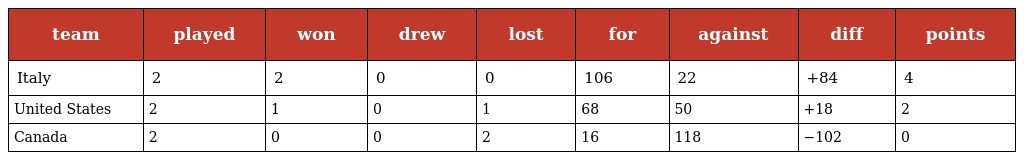
| team | played | won | drew | lost | for | against | diff | points |
 | --- | --- | --- | --- | --- | --- | --- | --- | --- |
 | Italy | 2 | 2 | 0 | 0 | 106 | 22 | +84 | 4 |
 | United States | 2 | 1 | 0 | 1 | 68 | 50 | +18 | 2 |
 | Canada | 2 | 0 | 0 | 2 | 16 | 118 | −102 | 0 |